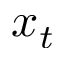
x _ { t }